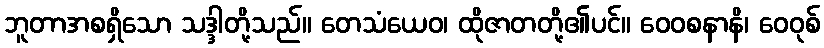
ဘူတာအစရှိသော သဒ္ဒါတို့သည်။ တေသံယေဝ၊ ထိုဇာတတို့၏ပင်။ ဝေဝစနာနိ၊ ဝေဝုစ်